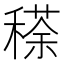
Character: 䅷